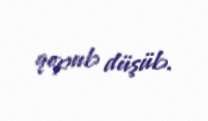
qopub düşüb.